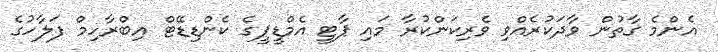
އެންމެ ގާތުން ވާދަކުރެއްވި ވެރިކަންކުރާ މައި ޕާޓީ އެމްޑީޕީގެ ކެންޑިޑޭޓް އިބްރާހިމް ފަލާހުގެ